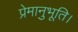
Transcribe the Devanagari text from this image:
प्रेमानुभूति।